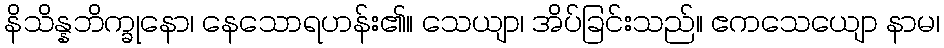
နိသိန္နဘိက္ခုနော၊ နေသောရဟန်း၏။ သေယျာ၊ အိပ်ခြင်းသည်။ ဧကသေယျော နာမ၊